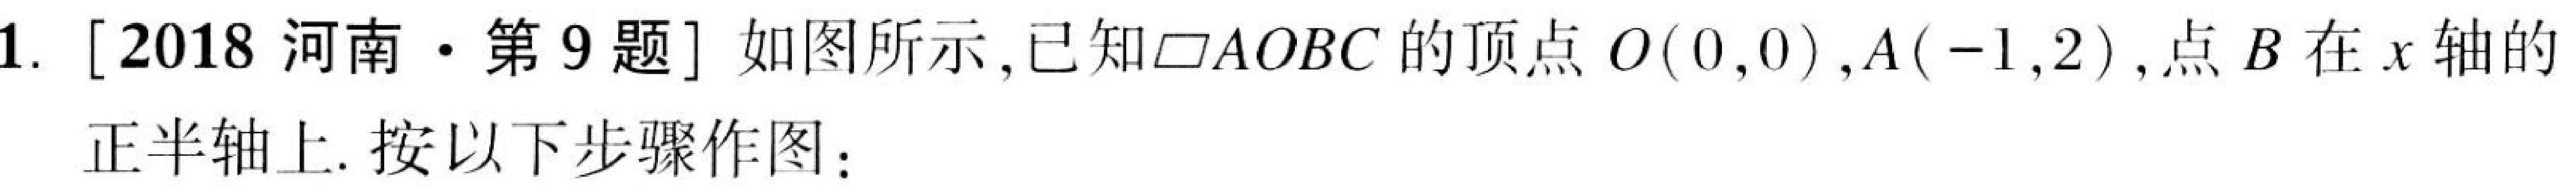
1. [2018河南·第9题] 如图所示,已知\(\parallelogram AOBC\)的顶点\(O(0,0)\),\(A(-1,2)\),点\(B\)在\(x\)轴的正半轴上. 按以下步骤作图：